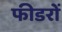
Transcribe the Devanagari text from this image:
फीडरों